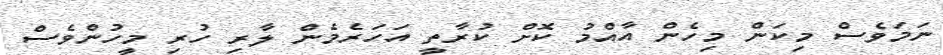
ނަމަވެސް މިކަން މިހެން އާއްމު ކޮށް ކުރާތީ އަހަރެމެން ލާރި ހުރި މީހުންވެސް